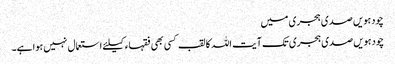
چودہویں صدی ہجری میں
چودہویں صدی ہجری تک آیت اللہ کا لقب کسی بھی فقہاء کیلئے استعمال نہیں ہوا ہے۔